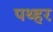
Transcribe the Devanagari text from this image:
पथ्हर